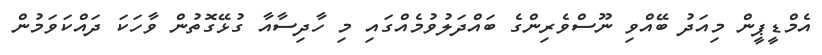
އެމްޑީޕީން މިއަދު ބޭއްވި ނޫސްވެރިންގެ ބައްދަލުވުމެއްގައި މި ހާދިސާއާ ގުޅޭގޮތުން ވާހަކަ ދައްކަވަމުން